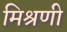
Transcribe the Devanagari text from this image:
मिश्रणी